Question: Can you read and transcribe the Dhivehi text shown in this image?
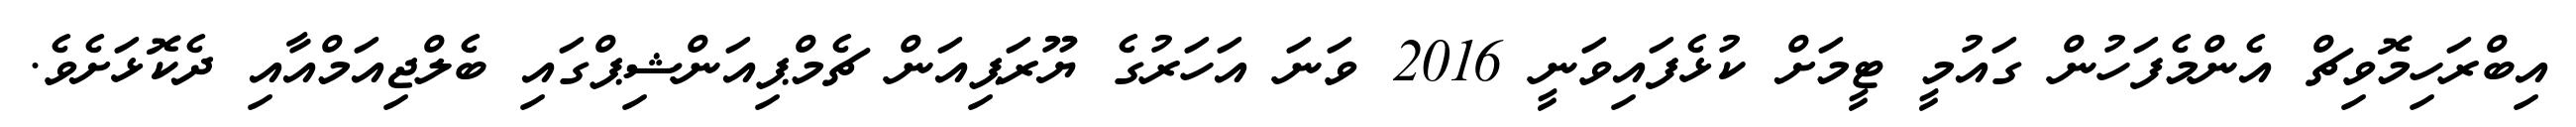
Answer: އިބްރަހިމޮވިޗް އެންމެފަހުން ގައުމީ ޓީމަށް ކުޅެފައިވަނީ 2016 ވަނަ އަހަރުގެ ޔޫރަޕިއަން ޗެމްޕިއަންޝިޕްގައި ބެލްޖިއަމްއާއި ދެކޮޅަށެވެ.